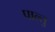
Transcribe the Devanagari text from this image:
पाल्तु